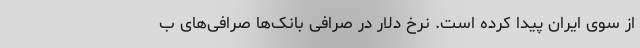
از سوی ایران پیدا کرده است. نرخ دلار در صرافی بانک‌ها صرافی‌های ب